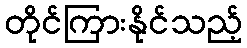
တိုင်ကြားနိုင်သည့်